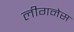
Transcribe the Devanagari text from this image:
लीगनेस